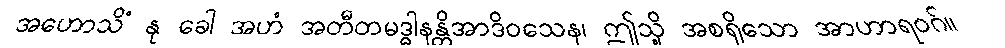
အဟောသိံ နု ခေါ အဟံ အတီတမဒ္ဓါနန္တိအာဒိဝသေန၊ ဤသို့ အစရှိသော အာဟာရဝဂ်။